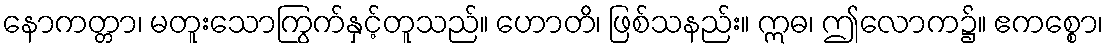
နောကတ္တာ၊ မတူးသောကြွက်နှင့်တူသည်။ ဟောတိ၊ ဖြစ်သနည်း။ ဣဓ၊ ဤလောက၌။ ဧကစ္စော၊